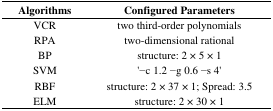
| Algorithms | Configured Parameters |
 | --- | --- |
 | VCR | two third-order polynomials |
 | RPA | two-dimensional rational |
 | BP | structure: 2 × 5 × 1 |
 | SVM | ‘−c 1.2 −g 0.6 −s 4’ |
 | RBF | structure: 2 × 37 × 1; Spread: 3.5 |
 | ELM | structure: 2 × 30 × 1 |